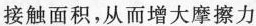
接触面积，从而增大摩擦力